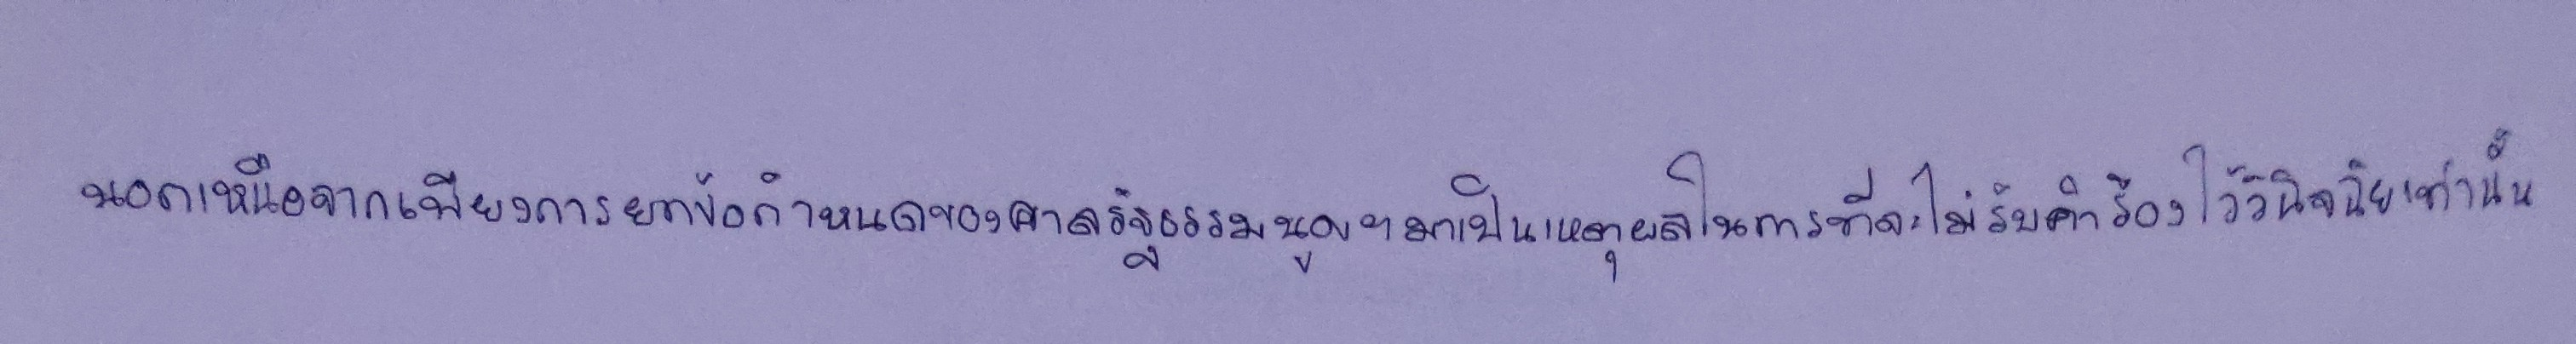
นอกเหนือจากเพียงการยกข้อกำหนดของศาลรัฐธรรมนูญฯมาเป็นเหตุผลในการที่จะไม่รับคำร้องไว้วินิจฉัยเท่านั้น